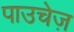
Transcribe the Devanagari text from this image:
पाउचेज़